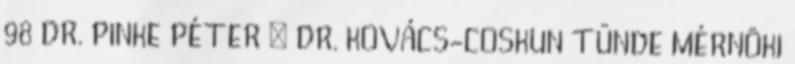
98 DR. PINKE PÉTER – DR. KOVÁCS-COSKUN TÜNDE MÉRNÖKI